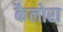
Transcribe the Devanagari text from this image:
कैलोरा